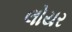
લોયર